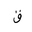
Letter: _qaf